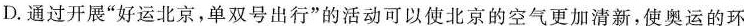
D.通过开展”好运北京，单双号出行”的活动可以使北京的空气更加清新，使奥运的环